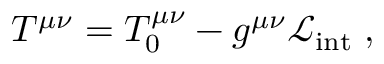
T ^ { \mu \nu } = T _ { 0 } ^ { \mu \nu } - g ^ { \mu \nu } \mathcal { L } _ { \mathrm { i n t } } \; ,